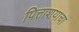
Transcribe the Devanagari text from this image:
पित्ताशयाचा